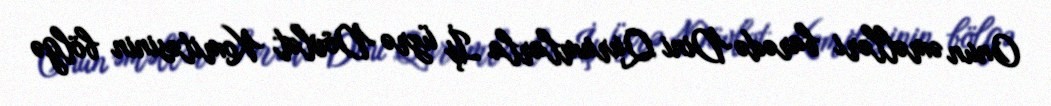
Onun əməlləri barədə Dini Qurumlarla İş üzrə Dövlət Komitəsinin bölgə